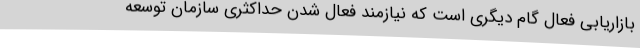
بازاریابی فعال گام دیگری است که نیازمند فعال شدن حداکثری سازمان توسعه